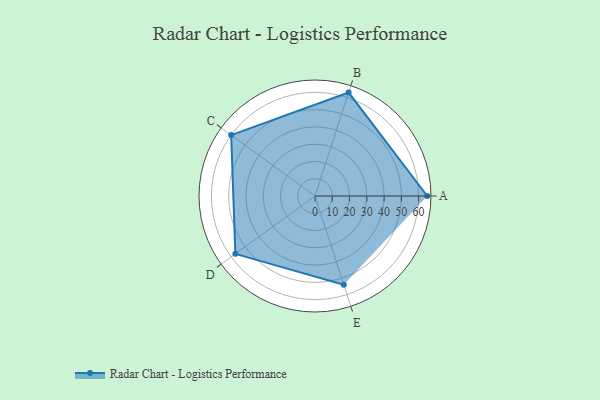
{"axis": {"x": "Skill", "y": "Score"}, "legend": ["Profile"], "data": [{"x": "A", "y": 65.0, "type": "Profile"}, {"x": "B", "y": 63.0, "type": "Profile"}, {"x": "C", "y": 60.0, "type": "Profile"}, {"x": "D", "y": 57.0, "type": "Profile"}, {"x": "E", "y": 54.0, "type": "Profile"}]}